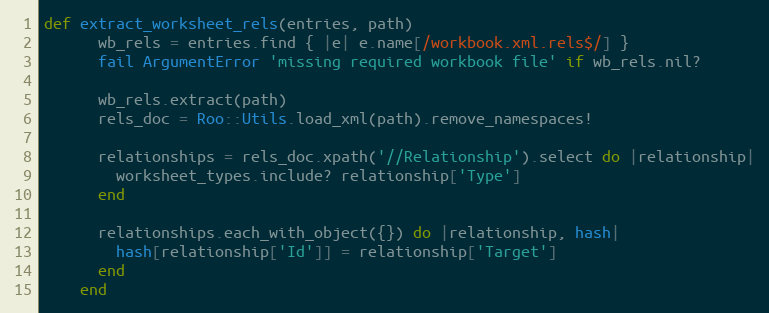
Language: Ruby
def extract_worksheet_rels(entries, path)
      wb_rels = entries.find { |e| e.name[/workbook.xml.rels$/] }
      fail ArgumentError 'missing required workbook file' if wb_rels.nil?

      wb_rels.extract(path)
      rels_doc = Roo::Utils.load_xml(path).remove_namespaces!

      relationships = rels_doc.xpath('//Relationship').select do |relationship|
        worksheet_types.include? relationship['Type']
      end

      relationships.each_with_object({}) do |relationship, hash|
        hash[relationship['Id']] = relationship['Target']
      end
    end